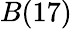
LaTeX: B(17)